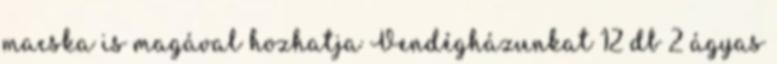
macska is magával hozhatja Vendégházunkat 12 db 2 ágyas